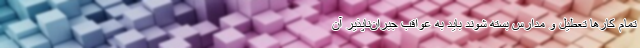
تمام کار‌ها تعطیل و مدارس بسته شوند باید به عواقب جبران‌ناپذیر آن